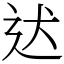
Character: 迖